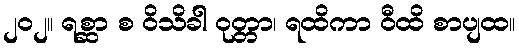
၂၀၂။ ရစ္ဆာ စ ဝိသိခါ ဝုတ္တာ၊ ရထိကာ ဝီထိ စာပျထ။